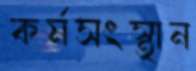
কর্মসংস্থান